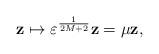
LaTeX: \begin{align*}\mathbf{z}\mapsto \varepsilon^{\frac{1}{2M+2}}\mathbf{z}=\mu \mathbf{z},\end{align*}